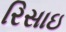
રિસાઇ